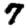
Digit: 7